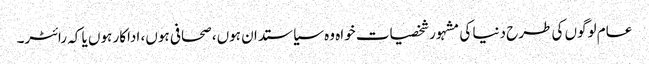
عام لوگوں کی طرح دنیا کی مشہور شخصیات خواہ وہ سیاستدان ہوں، صحافی ہوں، اداکار ہوں یا کہ رائٹر۔